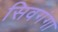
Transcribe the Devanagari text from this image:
सिवगंगा